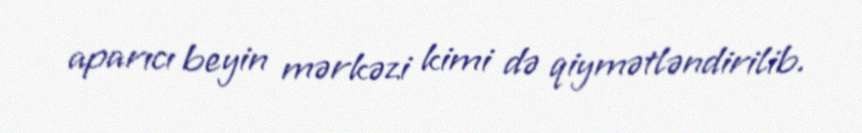
aparıcı beyin mərkəzi kimi də qiymətləndirilib.